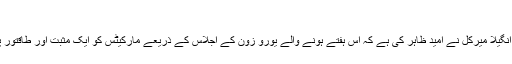
(20.07.2011)
وفاقی جرمن چانسلر انگیلا میرکل نے امید ظاہر کی ہے کہ اس ہفتے ہونے والے یورو زون کے اجلاس کے ذریعے مارکیٹس کو ایک مثبت اور طاقتور پیغام دیا جا سکے گا۔